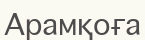
Арамқоға